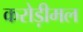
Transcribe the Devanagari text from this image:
करोड़ीमल